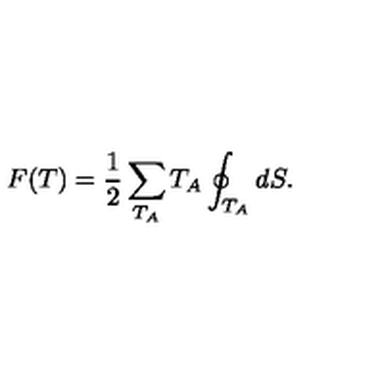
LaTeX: F ( T ) = \frac 1 2 \sum _ { T _ { A } } T _ { A } \oint _ { T _ { A } } d S .